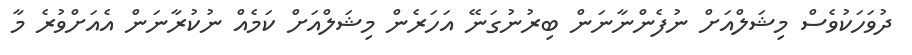
ދުވަހަކުވެސް މިޝަލްއަށް ނުފެންނާނަން ބިރުނުގަނޭ އަހަރެން މިޝަލްއަށް ކަމެއް ނުކުރާނަން އެއަށްވުރެ މާ